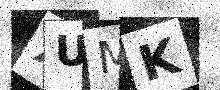
Text: XUMK